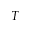
T